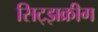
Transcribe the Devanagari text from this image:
सिट्झक्रीग